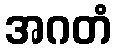
အဂတံ